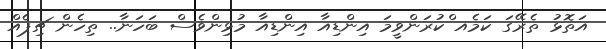
އަތޮޅު ތެރޭގަ ކަމެއ ްކުރަންވީމަ އިންޑިއާ އިންޑިއާ މުޅިންވެސް ބަހަނާ.. ތިހެން ޗިޕެއް